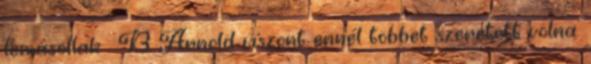
lemásollak . B Arnold viszont ennél többet szeretett volna.